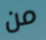
من